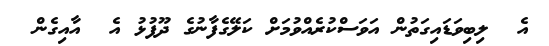
އެ  ލިބިވަޑައިގަތުން އަވަސްކުރެއްވުމަށް ކަލޭގެފާނުގެ ދޫފުޅު އެ  އާއިގެން